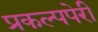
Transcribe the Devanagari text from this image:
प्रकल्पपेरी